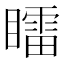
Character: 𥋸